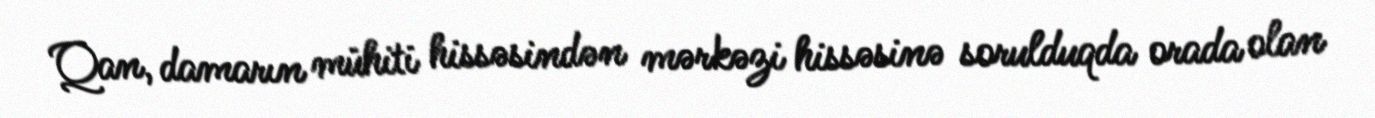
Qan, damarın mühiti hissəsindən mərkəzi hissəsinə sorulduqda orada olan